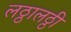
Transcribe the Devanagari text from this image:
लठ्ठालठ्ठी